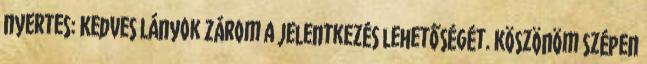
nyertes: Kedves Lányok Zárom a jelentkezés lehetőségét. Köszönöm szépen